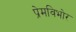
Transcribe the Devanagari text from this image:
प्रेमविभोर